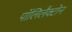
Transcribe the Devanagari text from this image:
पॉलिलैक्टोन